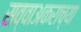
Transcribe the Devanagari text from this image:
सव्वाअकराच्या